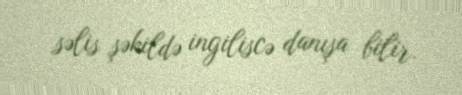
səlis şəkildə ingiliscə danışa bilir.